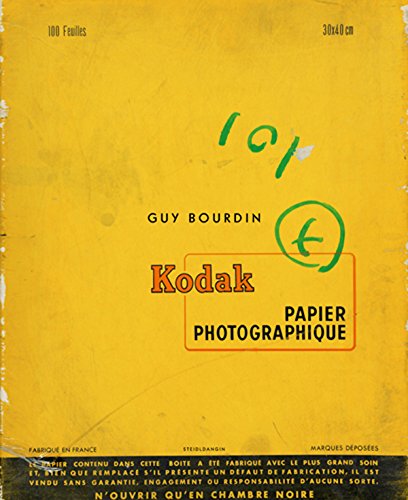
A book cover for Guy Bourdin: Untouched; Humor & Entertainment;